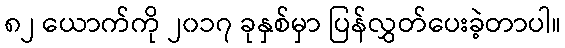
၈၂ ယောက်ကို ၂၀၁၇ ခုနှစ်မှာ ပြန်လွှတ်ပေးခဲ့တာပါ။